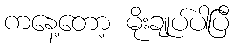
ကနေ့တော့ မိုးချုပ်ပါပြီ